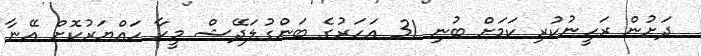
ދަށުން ރަހީނުކުރި ކަމަށް ބުނި 31 އަހަރުގެ ބަންގުލަދޭޝް މީހާ ހައްޔަރުކޮށް އޭނާ